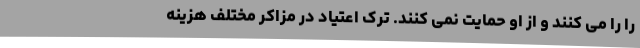
را را می کنند و از او حمایت نمی کنند. ترک اعتیاد در مزاکر مختلف هزینه